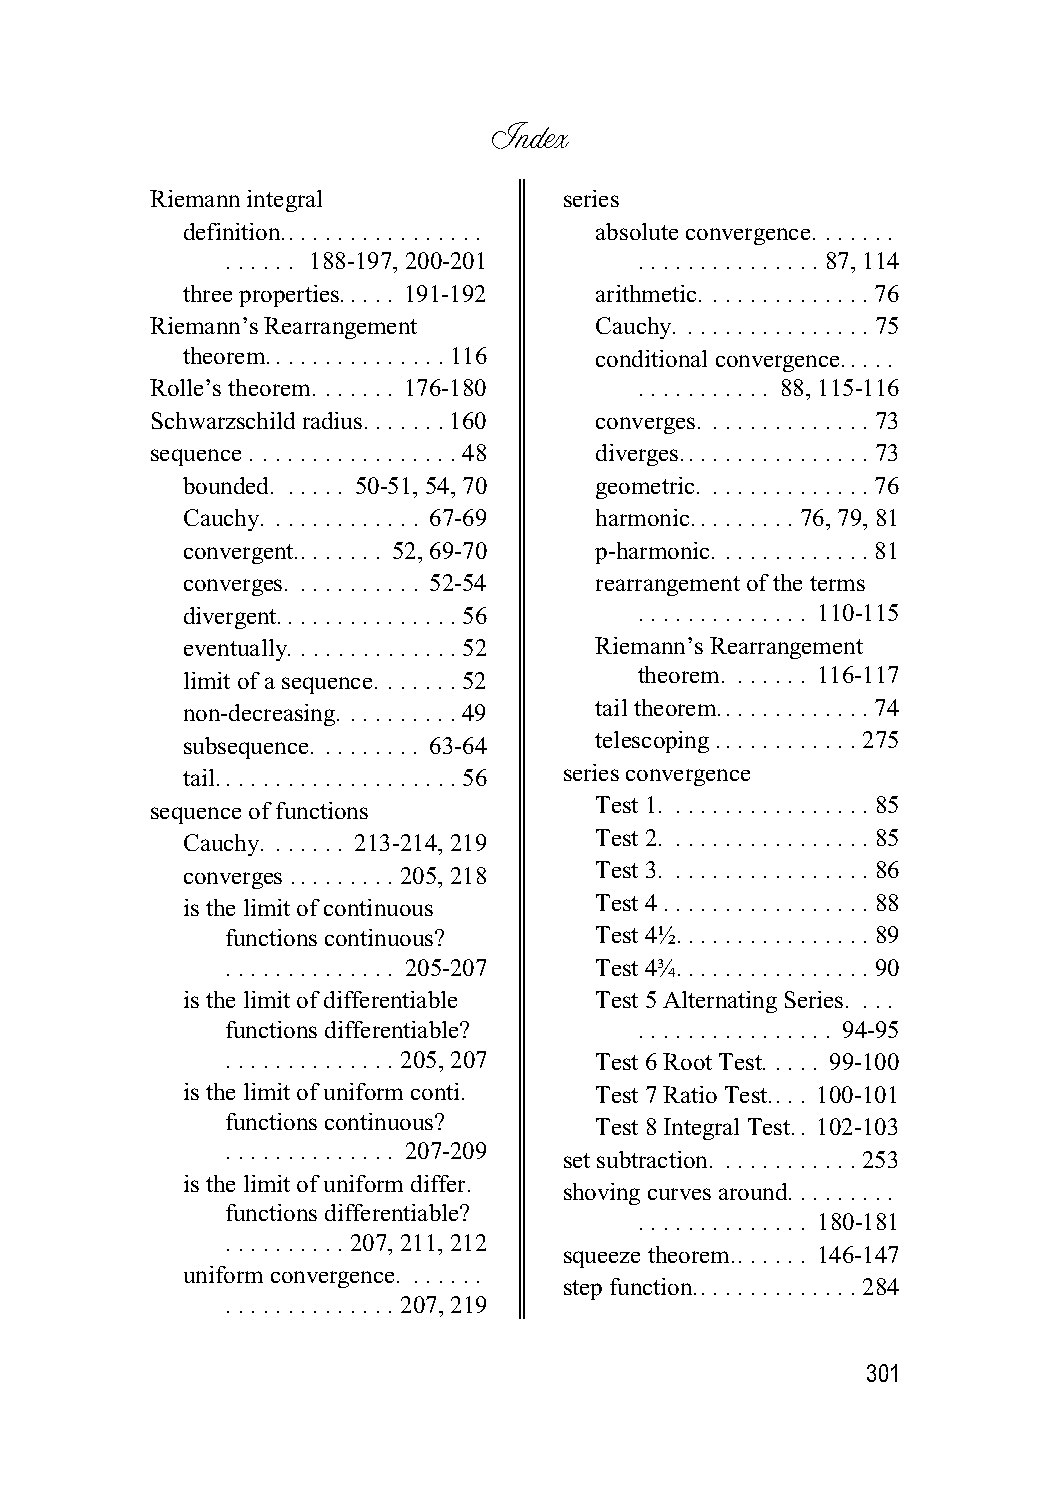
Index
 Riemann integral            series
 definition................. absolute convergence. ......
 ...... 188-197, 200-201     ...............87, 114
 three properties..... 191-192 arithmetic. .............76
 Riemann’s Rearrangement       Cauchy. ...............75
 theorem...............116  conditional convergence.....
 Rolle’s theorem. ...... 176-180  ........... 88, 115-116
 Schwarzschild radius.......160 converges. .............73
 sequence . ................48 diverges................73
 bounded. ..... 50-51, 54, 70 geometric. .............76
 Cauchy. ............ 67-69 harmonic.........76, 79, 81
 convergent........ 52, 69-70 p-harmonic. ............81
 converges. .......... 52-54 rearrangement of the terms
 divergent...............56    .............. 110-115
 eventually. .............52 Riemann’s Rearrangement
 limit of a sequence. ......52 theorem. ...... 116-117
 non-decreasing. .........49 tail theorem.............74
 subsequence. ........ 63-64 telescoping ............275
 tail....................56 series convergence
 sequence of functions         Test 1. ................85
 Cauchy. ...... 213-214, 219 Test 2. ................85
 converges .........205, 218 Test 3. ................86
 is the limit of continuous Test 4 .................88
 functions continuous?    Test 4½................89
 .............. 205-207   Test 4¾................90
 is the limit of differentiable Test 5 Alternating Series. ...
 functions differentiable?   ................ 94-95
 ..............205, 207   Test 6 Root Test. .... 99-100
 is the limit of uniform conti. Test 7 Ratio Test.... 100-101
 functions continuous?    Test 8 Integral Test.. 102-103
 .............. 207-209
 set subtraction. ...........253
 is the limit of uniform differ.
 shoving curves around. ........
 functions differentiable?
 .............. 180-181
 ..........207, 211, 212
 squeeze theorem....... 146-147
 uniform convergence. ......
 step function..............284
 ..............207, 219
 301